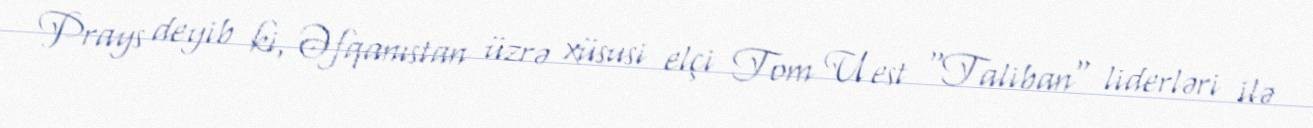
Prays deyib ki, Əfqanıstan üzrə xüsusi elçi Tom Uest "Taliban" liderləri ilə